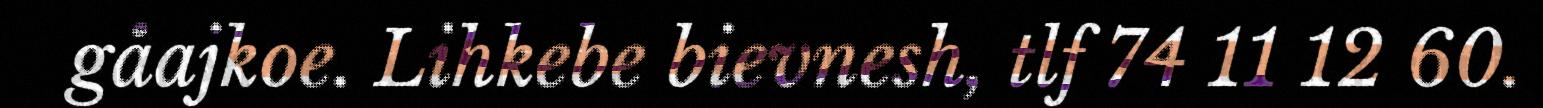
gåajkoe. Lihkebe bievnesh, tlf 74 11 12 60.